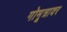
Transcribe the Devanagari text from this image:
गोमूत्रावर